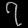
Digit: ၇